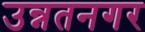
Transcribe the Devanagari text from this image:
उन्नतनगर